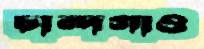
চান্দগাও